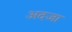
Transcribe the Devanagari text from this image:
अदजा